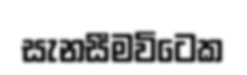
සැනසීමවිටෙක